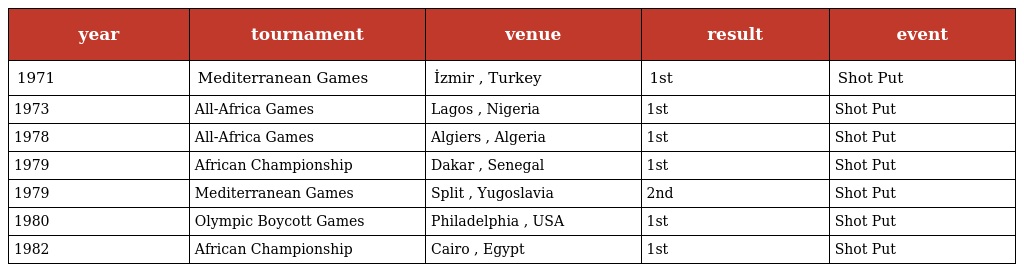
| year | tournament | venue | result | event |
 | --- | --- | --- | --- | --- |
 | 1971 | Mediterranean Games | İzmir , Turkey | 1st | Shot Put |
 | 1973 | All-Africa Games | Lagos , Nigeria | 1st | Shot Put |
 | 1978 | All-Africa Games | Algiers , Algeria | 1st | Shot Put |
 | 1979 | African Championship | Dakar , Senegal | 1st | Shot Put |
 | 1979 | Mediterranean Games | Split , Yugoslavia | 2nd | Shot Put |
 | 1980 | Olympic Boycott Games | Philadelphia , USA | 1st | Shot Put |
 | 1982 | African Championship | Cairo , Egypt | 1st | Shot Put |